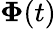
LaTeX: \boldsymbol{\Phi}(t)